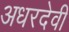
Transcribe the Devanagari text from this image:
अधरदेवी